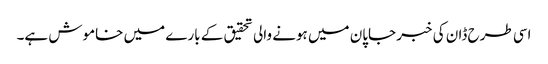
اسی طرح ڈان کی خبر جاپان میں ہونے والی تحقیق کے بارے میں خاموش ہے۔